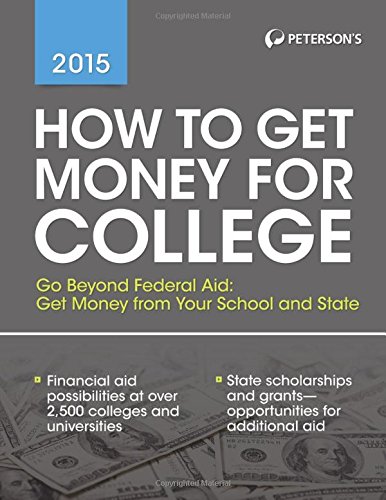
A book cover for How to Get Money for College 2015; Peterson's; Business & Money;